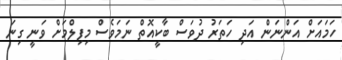
ހަމައަށް އަންނަން އަދި ހަތަރު ދުވަސް ބާކީއޮތް ނަމަވެސް މިފިލްމަށް ވަނީ ގިނަ